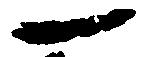
一